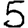
Digit: 5